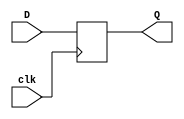

module DFF(D,Q,clk);
input D,clk ;
output reg Q ;
always @(posedge clk)
Q = D ;
endmodule

module shiftReg(inp ,Q , L , clk , Load);
input [0:3] L ; 
input clk , Load , inp ;
output wire [0:3] Q ;
reg [0:3] d ; 
integer j ;

generate
genvar i ;

for(i=0;i<4 ;i=i+1) 
begin
DFF stage(.D(d[i]),.Q(Q[i]),.clk(clk)) ;

end

endgenerate

always @(posedge clk)
begin 

for(j=1;j<4 ;j=j+1) 
begin

if(!Load)
begin
d[j] <= d[j-1] ;
d[0]= inp ;
end

else
begin
d[0] <= L[0] ;
d[j] <= L[j];
end

end


end

endmodule